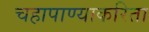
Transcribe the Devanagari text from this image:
चहापाण्याकरिता